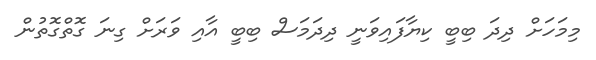
މިމަހަށް ދިދަ ބިބީ ކިޔާފައިވަނީ ދިދަމަސް ބިބީ އާއި ވަރަށް ގިނަ ގޮތްގޮތުން